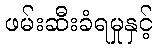
ဖမ်းဆီးခံရမှုနှင့်